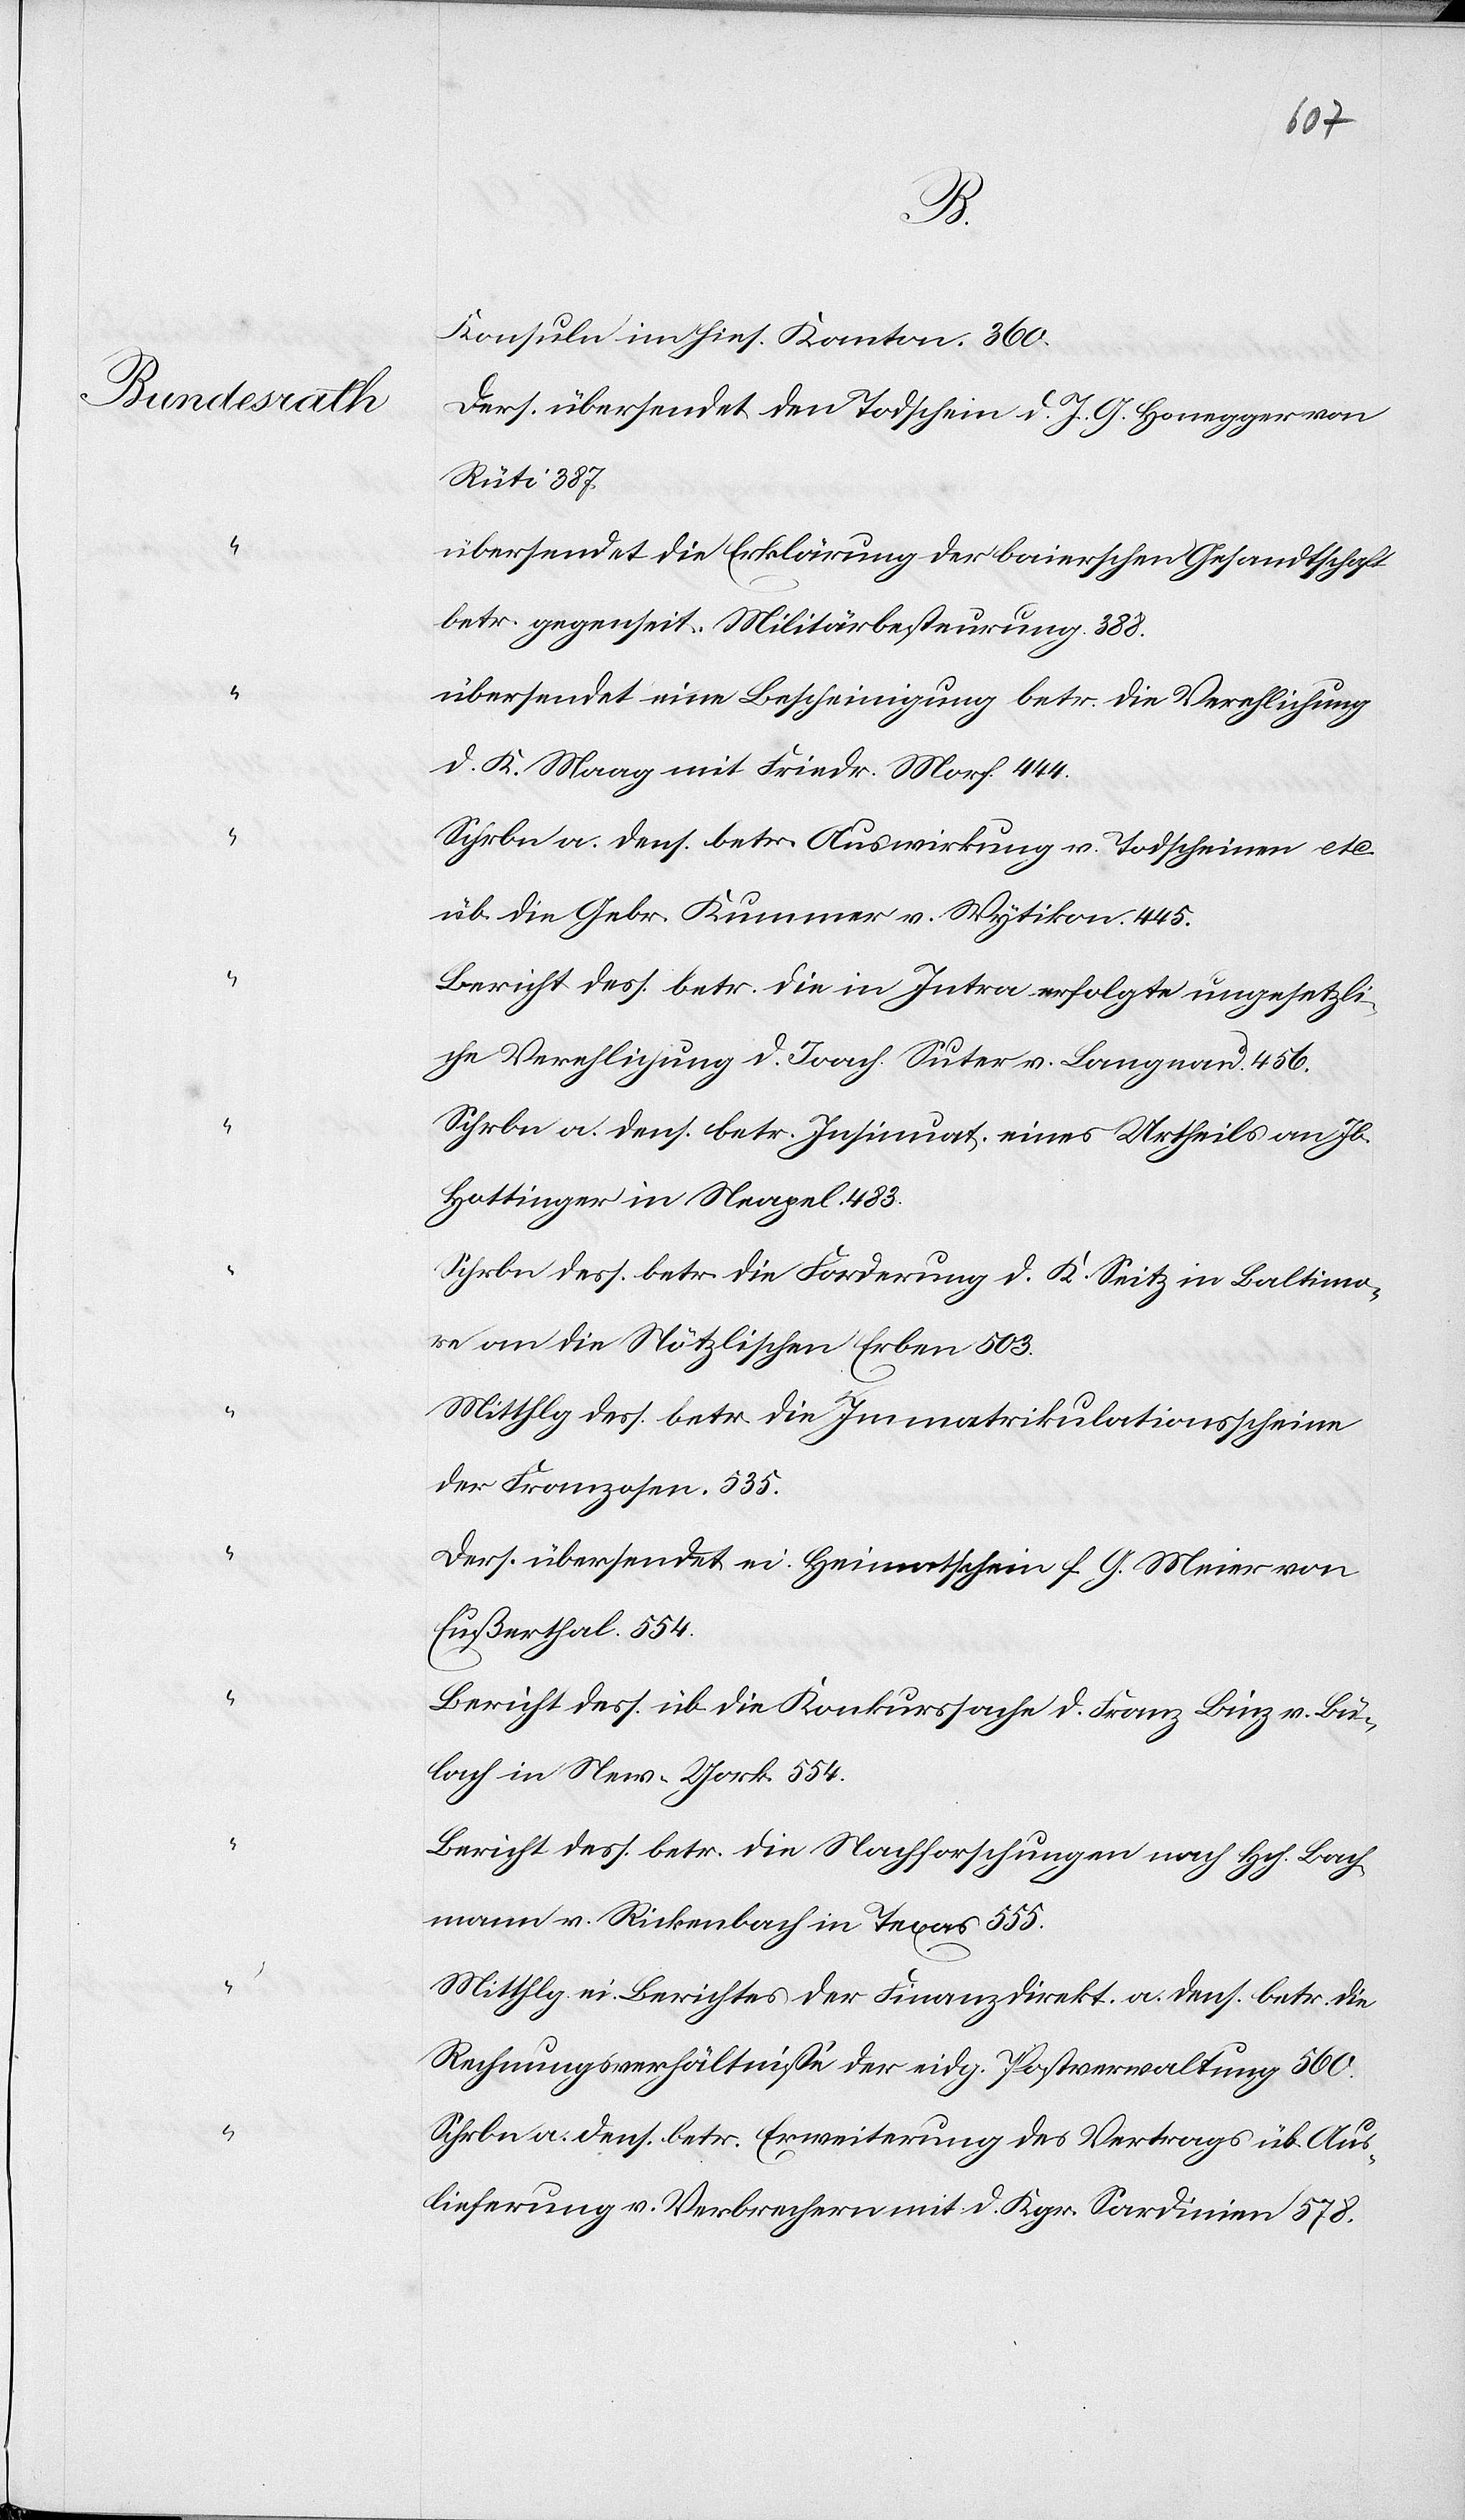
an der Stelle

hohen
doch